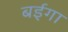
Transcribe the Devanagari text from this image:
बईगा